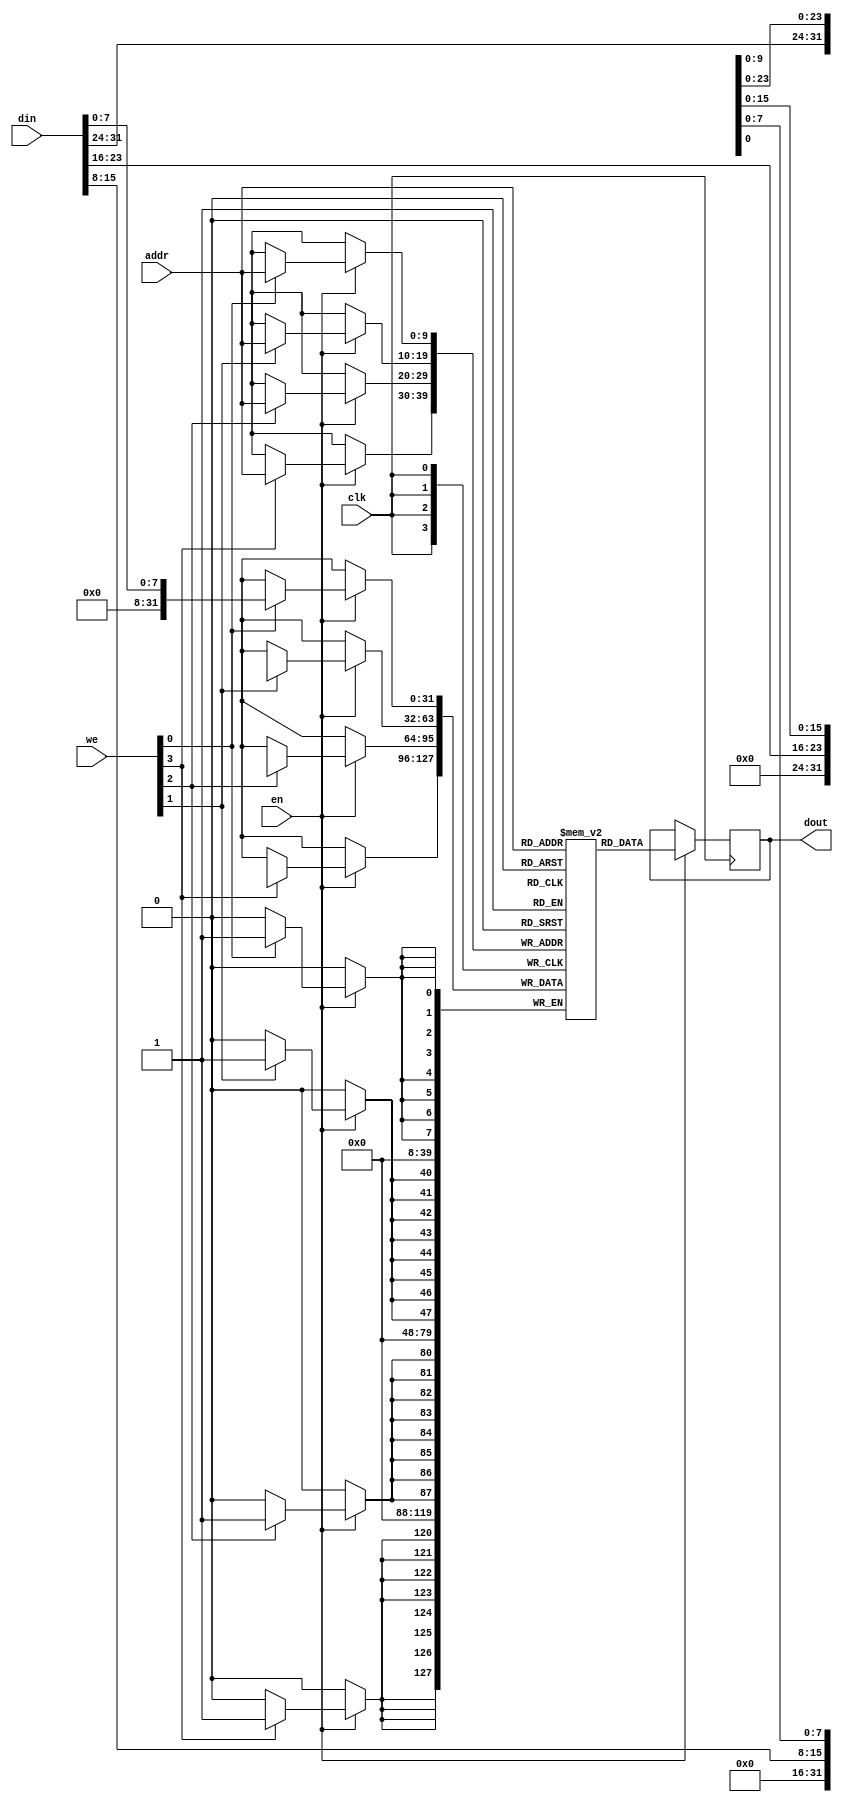
// This program was cloned from: https://github.com/IObundle/iob-mem
// License: MIT License

// Single-Port BRAM with Byte-wide Write Enable
// Read-First mode

`timescale 1 ns / 1 ps

module iob_ram_sp_be
  #(
    parameter HEXFILE="none",
    parameter ADDR_W = 10, // Addr Width in bits : 2*ADDR_W = RAM Depth
    parameter DATA_W = 32  // Data Width in bits
    ) 
   ( 
     input                clk,
     input                en,
     input [DATA_W/8-1:0] we,
     input [ADDR_W-1:0]   addr,
     input [DATA_W-1:0]   din,
     output [DATA_W-1:0]  dout
     );

   localparam COL_W = 8;
   localparam NUM_COL = DATA_W/COL_W;

   // Operation
`ifdef IS_CYCLONEV
   localparam file_suffix = {"7","6","5","4","3","2","1","0"};

   genvar                     i;
   generate
      for (i=0; i < NUM_COL; i=i+1) begin: ram_col
         localparam mem_init_file_int = (HEXFILE != "none")? {HEXFILE, "_", file_suffix[8*(i+1)-1 -: 8], ".hex"}: "none";

         iob_ram_sp
             #(
               .HEXFILE(mem_init_file_int),
               .ADDR_W(ADDR_W),
               .DATA_W(COL_W)
               ) ram
           (
            .clk  (clk),

            .en   (en),
            .addr (addr),
            .din  (din[i*COL_W +: COL_W]),
            .we   (we[i]),
            .dout (dout[i*COL_W +: COL_W])
            );
      end
   endgenerate
`else // !IS_CYCLONEV
   // this allows ISE 14.7 to work; do not remove
   localparam mem_init_file_int = {HEXFILE, ".hex"};

   // Core Memory
   reg [DATA_W-1:0]       ram_block[(2**ADDR_W)-1:0];

   // Initialize the RAM
   initial
     if(mem_init_file_int != "none.hex")
       $readmemh(mem_init_file_int, ram_block, 0, 2**ADDR_W - 1);

   reg [DATA_W-1:0]       dout_int;
   integer                    i;
   always @ (posedge clk) begin
      if(en) begin
         for(i=0; i < NUM_COL; i=i+1) begin
            if(we[i]) begin
               ram_block[addr][i*COL_W +: COL_W] <= din[i*COL_W +: COL_W];
            end
         end
         dout_int <= ram_block[addr]; // Send Feedback
      end
   end

   assign dout = dout_int;
`endif

endmodule